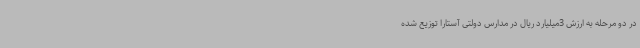
در دو مرحله به ارزش 3میلیارد ریال در مدارس دولتی آستارا توزیع شده